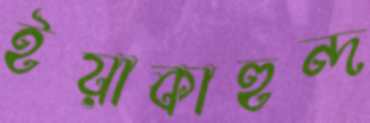
ইয়াকাহুন্দ